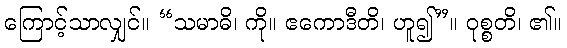
ကြောင့်သာလျှင်။ “သမာဓိ၊ ကို။ ဧကောဒီတိ၊ ဟူ၍”။ ဝုစ္စတိ၊ ၏။